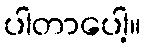
ပါတာပေါ့။